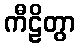
ကီဠိတွာ